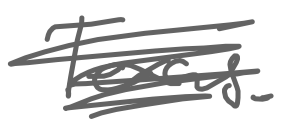
Text: Texas.
Cross-out: scratch
Writing tool: digital_gray